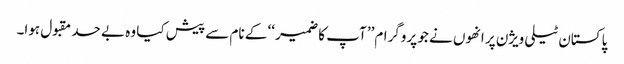
پاکستان ٹیلی ویژن پر انھوں نے جو پروگرام’’ آپ کا ضمیر ‘‘ کے نام سے پیش کیا وہ بے حد مقبول ہوا۔